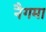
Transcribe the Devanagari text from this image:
नैगमा